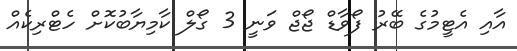
އާއި އެޓީމުގެ ބޭރު ފޯވާޑް ޖޯޖް ވަނީ 3 ގޯލް ކާމިޔާބުކޮށް ހެޓްރިކެއް